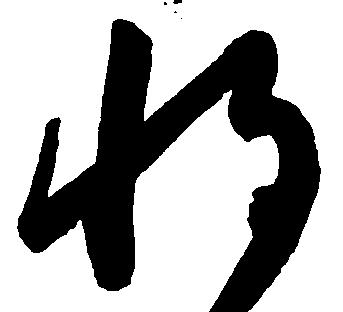
将